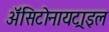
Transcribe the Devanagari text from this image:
ॲसिटोनायट्राइल